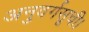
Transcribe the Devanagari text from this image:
अनुवर्गसूची।